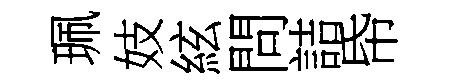
珮妓絃問詰帋